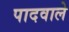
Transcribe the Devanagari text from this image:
पादवाले